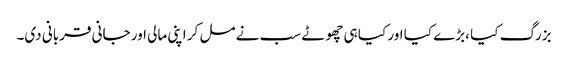
بزرگ کیا ،بڑے کیا اور کیا ہی چھوٹے سب نے مل کر اپنی مالی اور جانی قربانی دی۔